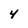
Character: 4